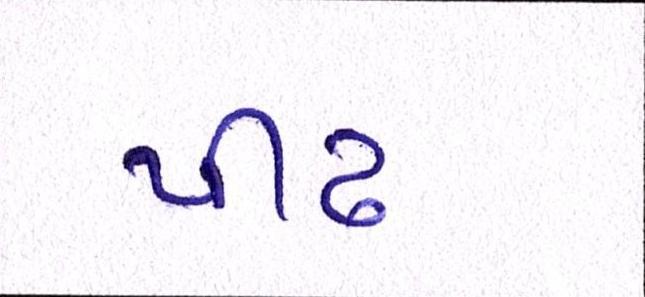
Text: પીઢ